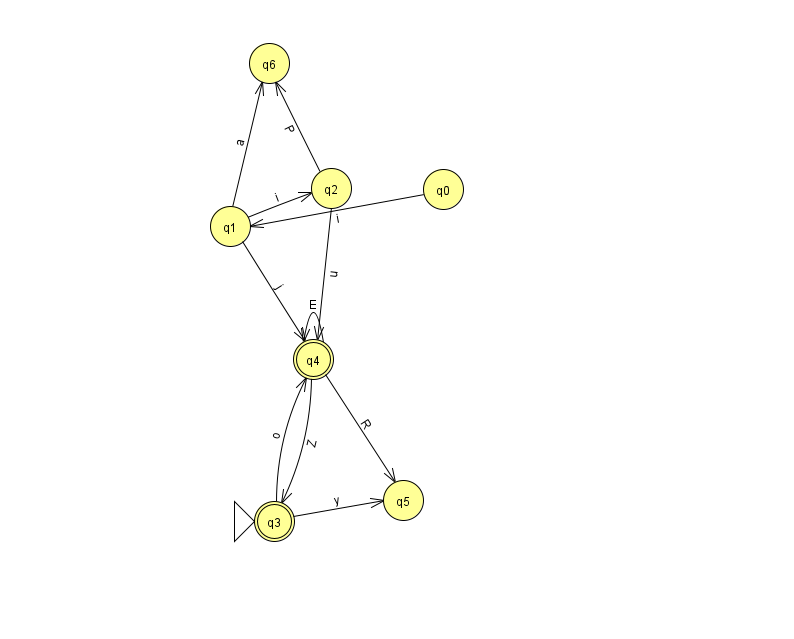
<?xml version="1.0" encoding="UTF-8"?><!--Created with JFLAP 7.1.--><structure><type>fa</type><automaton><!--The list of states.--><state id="0" name="q0"><x>443.0</x><y>176.0</y></state><state id="1" name="q1"><x>230.0</x><y>213.0</y></state><state id="2" name="q2"><x>331.0</x><y>175.0</y></state><state id="3" name="q3"><x>274.0</x><y>508.0</y><initial/><final/></state><state id="4" name="q4"><x>313.0</x><y>346.0</y><final/></state><state id="5" name="q5"><x>403.0</x><y>487.0</y></state><state id="6" name="q6"><x>269.0</x><y>50.0</y></state><!--The list of transitions.--><transition><from>1</from><to>4</to><read>j</read></transition><transition><from>3</from><to>5</to><read>y</read></transition><transition><from>2</from><to>4</to><read>u</read></transition><transition><from>1</from><to>2</to><read>i</read></transition><transition><from>4</from><to>4</to><read>E</read></transition><transition><from>1</from><to>6</to><read>a</read></transition><transition><from>3</from><to>4</to><read>o</read></transition><transition><from>0</from><to>1</to><read>i</read></transition><transition><from>2</from><to>6</to><read>P</read></transition><transition><from>4</from><to>3</to><read>Z</read></transition><transition><from>4</from><to>5</to><read>R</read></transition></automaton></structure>